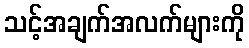
သင့်အချက်အလက်များကို